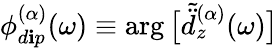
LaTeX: \phi_{d\mathbf{i}p}^{(\alpha)}(\omega)\equiv\arg\big[\tilde{{\ddot{{d}}}}_{z}^{(\alpha)}(\omega)\big]